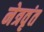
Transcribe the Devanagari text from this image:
नेत्रवृंत